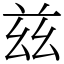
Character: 兹